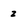
Character: z